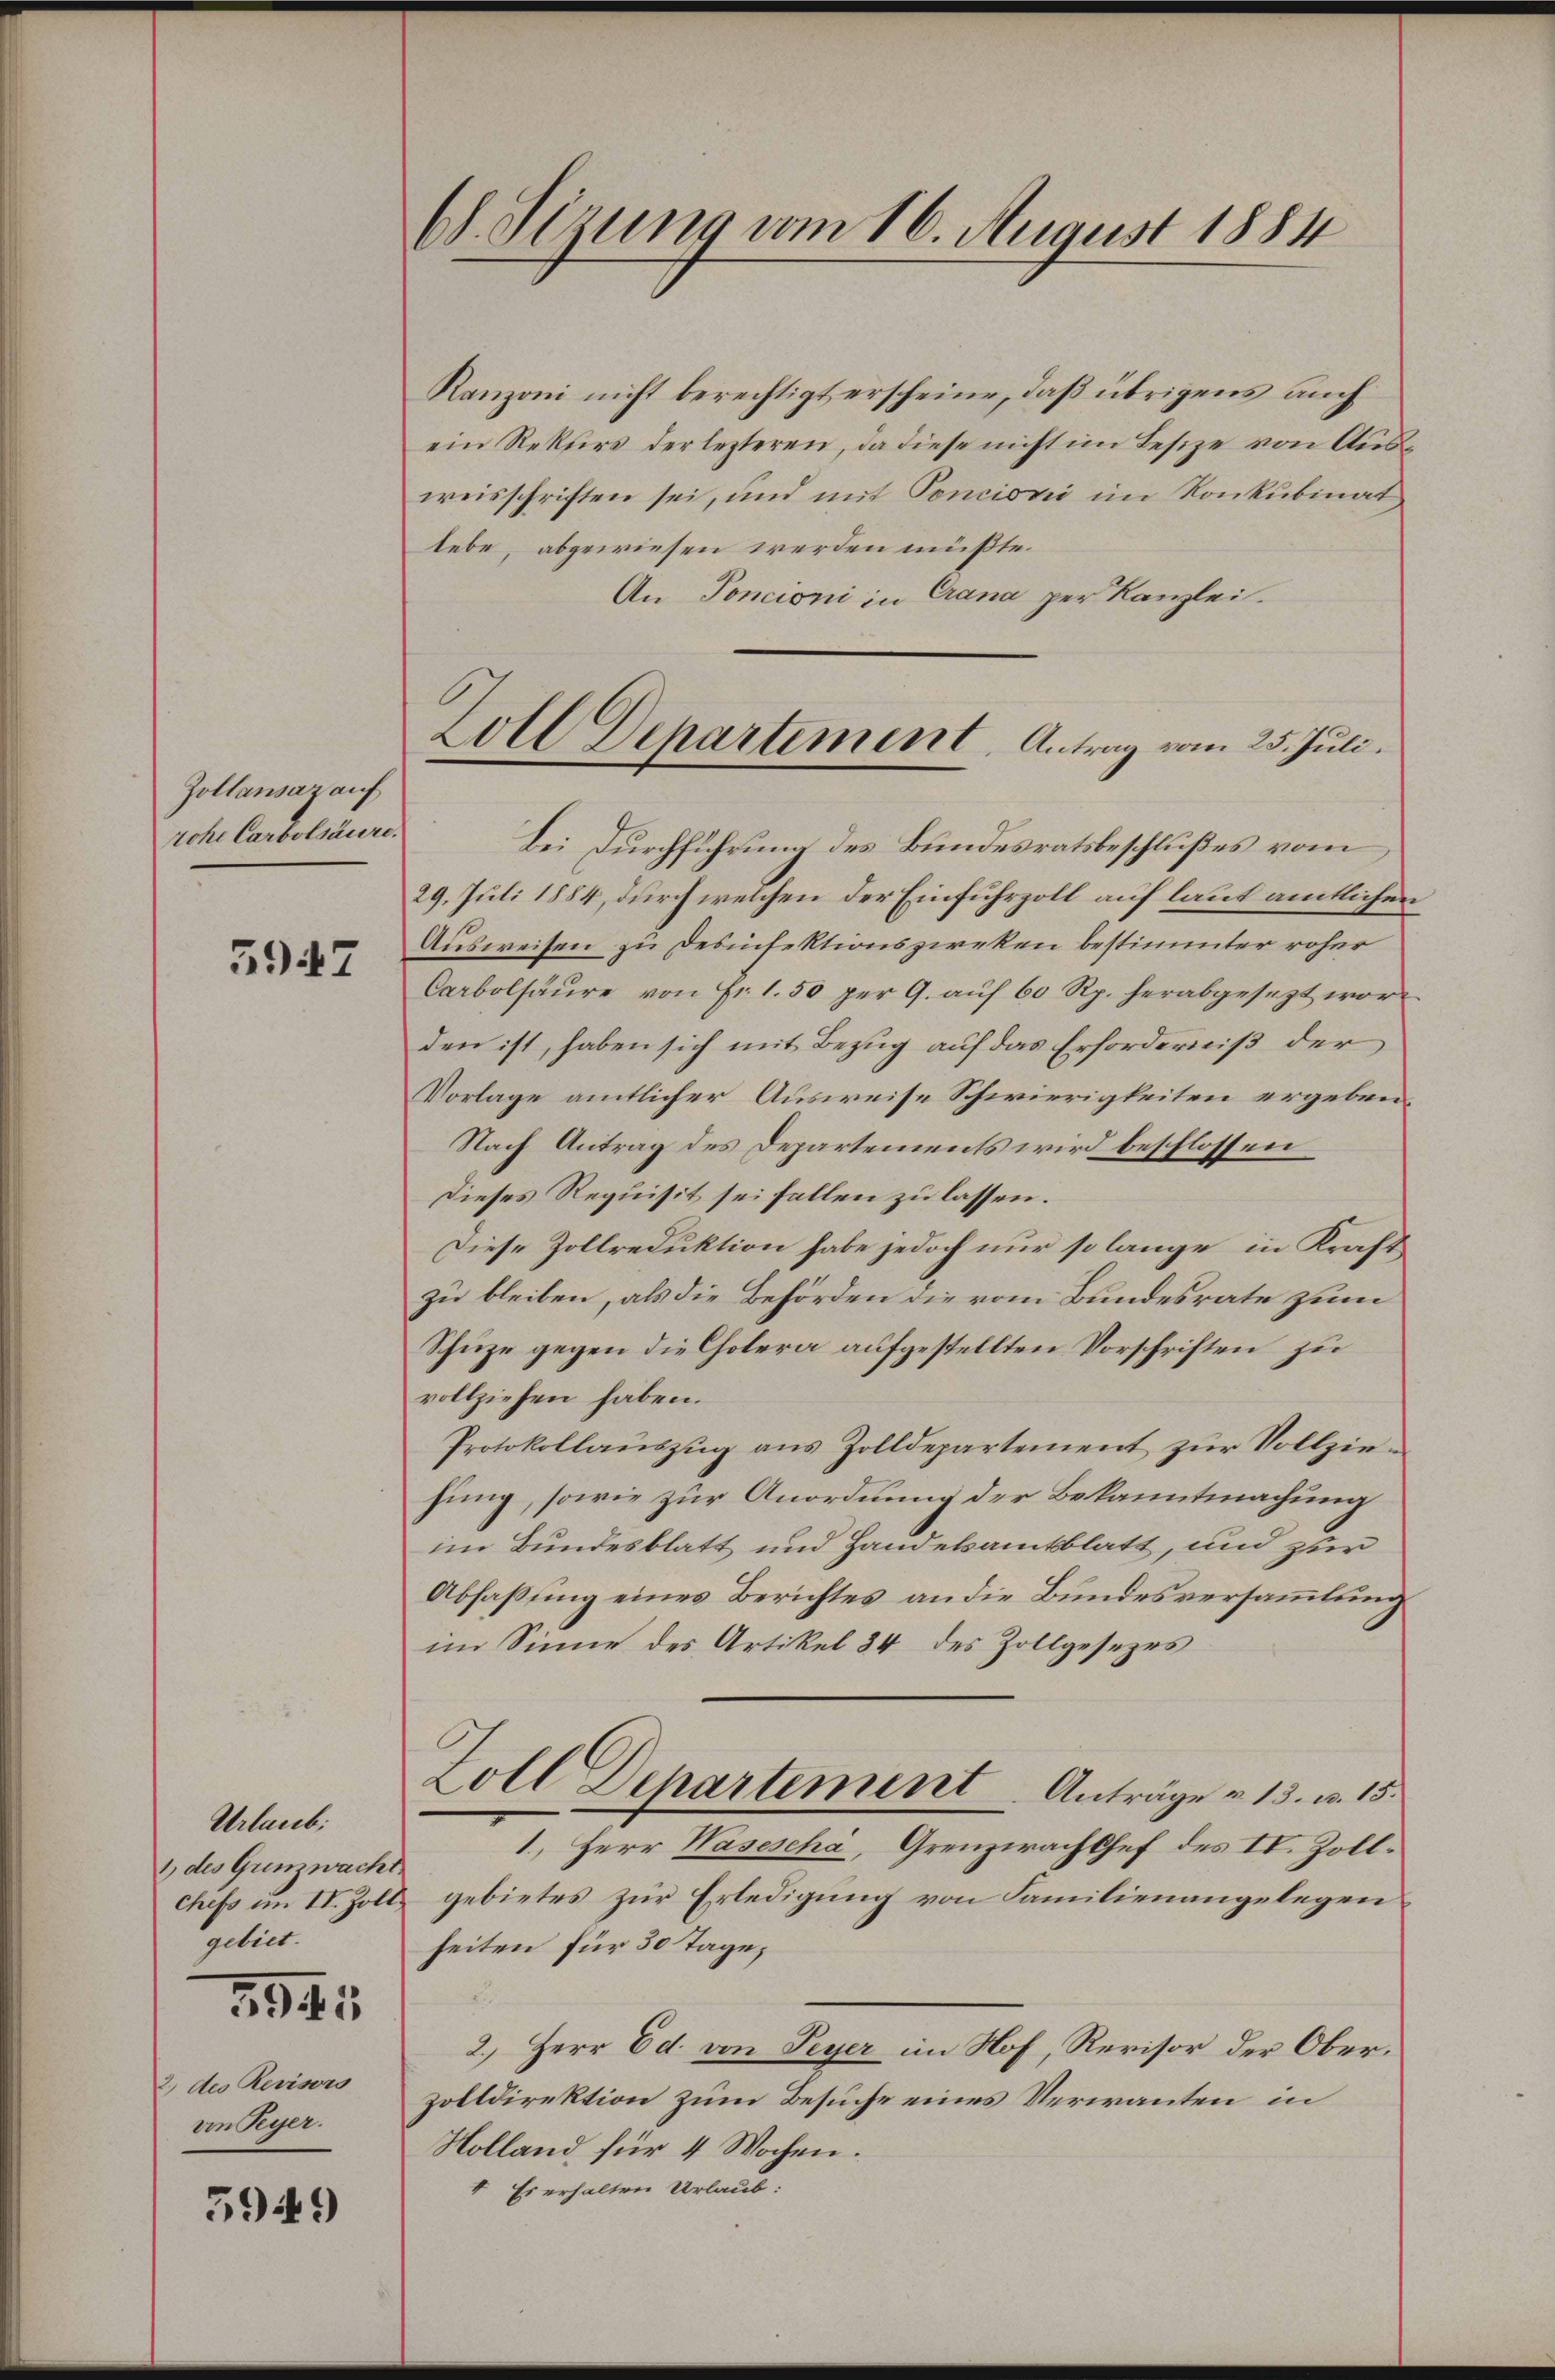
Zollansaz auf
rohe Carbolsäure.

3947

Helen.
1 des Gunzwacht
chefs im II. Zoll,
gelins.

5945

2) des Revisors
von Peyer.

5949

68. Sizung vom 16. August 1884

Zoll Departement. Antrag vom 25. Juli.

Ranzoni nicht berechtigt erscheine, daß übrigens auch
ein Rektors der lezteren, da diese nicht im Besize von Ausweisschriften sei, und mit Poncioni im Konkubinat
lebe, abgewiesen werden müßte.
An Poncioni in Crana per Kanzlei.
Bei Durchführung des Bundesratsbeschlußes vom
29. Juli 1884, durch welchen der Einfuhrzoll auf laut amtlichen
Ausweisen zu Desinfektionszweken bestimmter roher
Carbolsäure von Fr. 1.50 per 9. auf 60 Rp. herabgesezt worden ist, haben sich mit Bezug auf das Erforderniß der
Vorlage amtlicher Ausweise Schwierigkeiten ergeben:
Nach Antrag des Departements wird beschlossen
Dieses Requisit sei fallen zu lassen.
Diese Zollreduktion habe jedoch nur so lange in Kraft
zu bleiben, als die Behörden die vom Bundesrate zum
Schuze gegen die Cholera aufgestellten Vorschriften zu
vollziehen haben.
Protokollauszug aus Zolldepartement zur Vollziehung, sowie zur Anordnung der Bekanntmachung
im Bundesblatt und Handekamtsblatt, und zur
Abfaßung eines Berichtes an die Bundesversammlung
im Sinne des Artikel 34 des Zollgesezes
Zoll Departement Anträge v. 13. v. 15.
1.) Herr Wasescha, Grenzwach Chef des IV. Zollgebietes zur Erledigung von Familienangelegen
heiten für 30 Tage,
2.) Herr Ed. von Peyer im Nof, Revisor der Oberzolldirektion zum Besuche eines Verwanten in
Holland für 4 Wochen.
Es erhalten Urlaub: